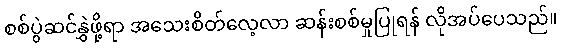
စစ်ပွဲဆင်နွှဲဖို့ရာ အသေးစိတ်လေ့လာ ဆန်းစစ်မှုပြုရန် လိုအပ်ပေသည်။